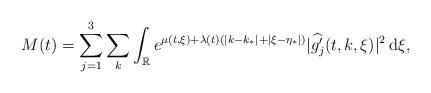
LaTeX: \begin{align*} M(t)=\sum_{j=1}^3\sum_k\int_{\mathbb{R}}e^{\mu(t,\xi)+\lambda(t)(|k-k_*|+|\xi-\eta_*|)}|\widehat{g_j'}(t,k,\xi)|^2\,\mathrm{d}\xi, \end{align*}